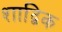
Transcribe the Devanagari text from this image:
शाद्बिक